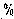
%